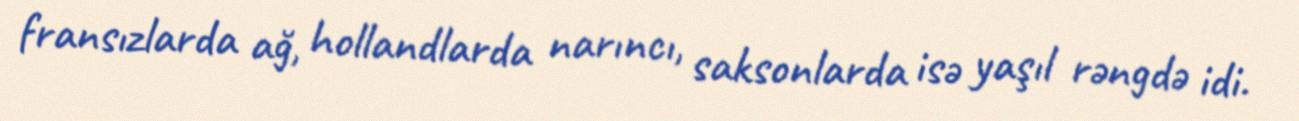
fransızlarda ağ, hollandlarda narıncı, saksonlarda isə yaşıl rəngdə idi.